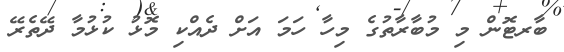
ބާރޓޮން މި މުބާރާތުގެ މިހާ ހަމަ އަށް ދެއްކި މޮޅު ކުޅުމާ ދޭތެރޭ